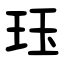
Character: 珏